Report of veterinary surgeon J.H. Steel, A.V.D., on his investigation into an obscure and fatal disease among transport mules in British Burma
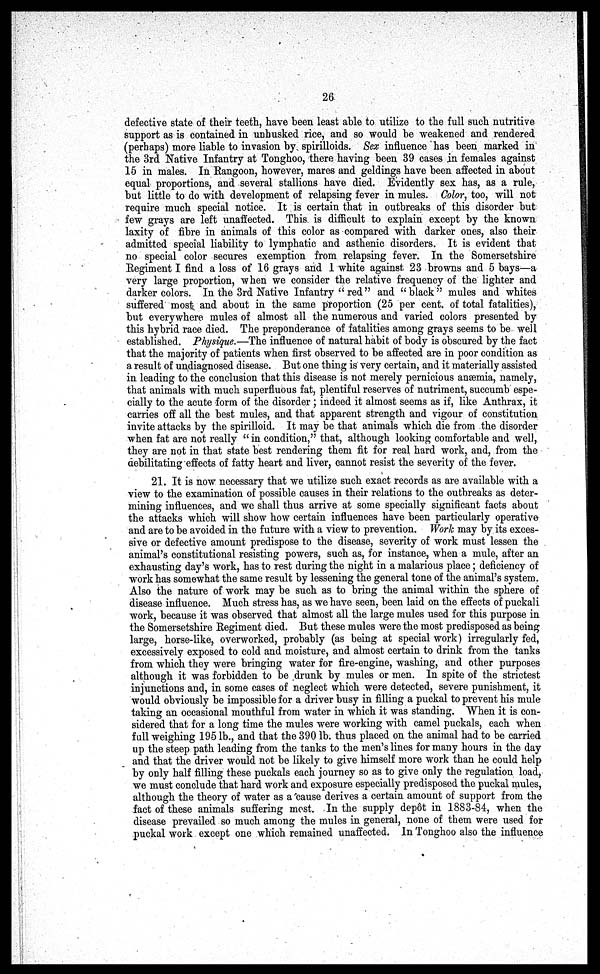
26
defective state of their teeth, have been least able to utilize to the full such nutritive
support as is contained in unhusked rice, and so would be weakened and rendered
(perhaps) more liable to invasion by spirilloids. Sex influence has been marked in
the 3rd Native Infantry at Tonghoo, there having been 39 cases in females against
15 in males. In Rangoon, however, mares and geldings have been affected in about
equal proportions, and several stallions have died. Evidently sex has, as a rule,
but little to do with development of relapsing fever in mules. Color, too, will not
require much special notice. It. is certain that in outbreaks of this disorder but
few grays are left unaffected. This is difficult to explain except by the known
laxity of fibre in animals of this color as compared with darker ones, also their
admitted special liability to lymphatic and asthenic disorders. It is evident that
no special color secures exemption from relapsing fever. In the Somersetshire
Regiment I find a loss of 16 grays and 1 white against 23 browns and 5 bays—a
very large proportion, when we consider the relative frequency of the lighter and
darker colors. In the 3rd Native Infantry " red" and "black" mules and whites
suffered most and about in the same proportion (25 percent of total fatalities),
but everywhere mules of almost all the numerous and varied colors presented by
this hybrid race died. The preponderance of fatalities among grays seems to be well
established. Physique.—The influence of natural habit of body is obscured by the fact
that the majority of patients when first observed to be affected are in poor condition as
a result of undiagnosed disease. But one thing is very certain, and it materially assisted
in leading to the conclusion that this disease is not merely pernicious anæmia, namely,
that animals with much superfluous fat, plentiful reserves of nutriment, succumb espe-
cially to the acute form of the disorder; indeed it almost seems as if, like Anthrax, it
carries off all the best mules, and that apparent strength and vigour of constitution
invite attacks by the spirilloid. It may be that animals which die from the disorder
when fat are not really "in condition," that, although looking comfortable and well,
they are not in that state best rendering them fit for real hard work, and, from the
debilitating effects of fatty heart and liver, cannot resist the severity of the fever.
21. It is now necessary that we utilize such exact records as are available with a
view to the examination of possible causes in their relations to the outbreaks as deter-
mining influences, and we shall thus arrive at some specially significant facts about
the attacks which will show how certain influences have been particularly operative
and are to be avoided in the future with a view to prevention. Work may by its exces-
sive or defective amount predispose to the disease, severity of work must lessen the
animal's constitutional resisting powers, such as, for instance, when a mule, after an
exhausting day's work, has to rest during the night in a malarious place; deficiency of
work has somewhat the same result by lessening the general tone of the animal's system.
Also the nature of work may be such as to bring the animal within the sphere of
disease influence. Much stress has, as we have seen, been laid on the effects of puckali
work, because it was observed that almost all the large mules used for this purpose in
the Somersetshire Regiment died. But these mules were the most predisposed as being
large, horse-like, overworked, probably (as being at special work) irregularly fed,
excessively exposed to cold and moisture, and almost certain to drink from the tanks
from which they were bringing water for fire-engine, washing, and other purposes
although it was forbidden to be drunk by mules or men. In spite of the strictest
injunctions and, in some cases of neglect which were detected, severe punishment, it
would obviously be impossible for a driver busy in filling a puckal to prevent his mule
taking an occasional mouthful from water in which it was standing. When it is con-
sidered that for a long time the mules were working with camel puckals, each when
full weighing 195 lb., and that the 390 lb. thus placed on the animal had to be carried
up the steep path leading from the tanks to the men's lines for many hours in the day
and that the driver would not be likely to give himself more work than he could help
by only half filling these puckals each journey so as to give only the regulation load,
we must conclude that hard work and exposure especially predisposed the puckal mules,
although the theory of water as a cause derives a certain amount of support from the
fact of these animals suffering most. In the supply depôt in 1883-84, when the
disease prevailed so much among the mules in general, none of them were used for
puckal work except one which remained unaffected. In Tonghoo also the influence